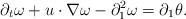
LaTeX: \begin{align*}\partial_t \omega+u\cdot\nabla \omega-\partial_1^2\omega=\partial_1\theta.\end{align*}